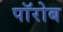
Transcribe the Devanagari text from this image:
पॉरोब